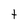
Character: t